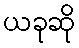
ယခုဆို